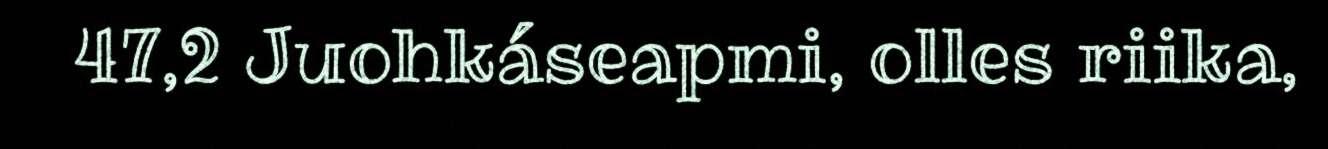
47,2 Juohkáseapmi, olles riika,